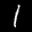
Label: 1